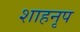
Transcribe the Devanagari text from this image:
शाहनृप